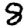
Digit: 8